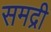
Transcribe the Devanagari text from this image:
समद्री